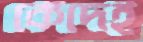
কেঁদেই